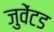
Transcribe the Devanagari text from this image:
जुवेंटड